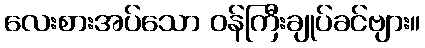
လေးစားအပ်သော ဝန်ကြီးချုပ်ခင်ဗျား။